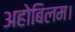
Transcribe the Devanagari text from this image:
अहोबिलम।